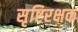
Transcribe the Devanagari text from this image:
सृष्टिरक्षक